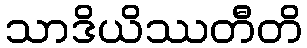
သာဒိယိဿတီတိ